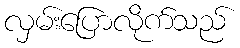
လှမ်းပြောလိုက်သည်